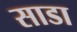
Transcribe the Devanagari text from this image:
साडा